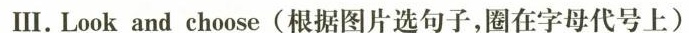
Ⅲ.Look and choose(根据图片选句子,圈在字母代号上)